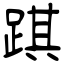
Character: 踑